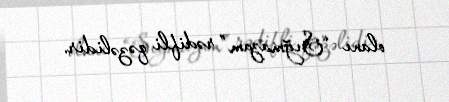
olanı “Sığmazam” rədifli qəzəlidir.